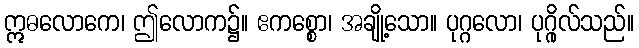
ဣဓလောကေ၊ ဤလောက၌။ ဧကစ္စော၊ အချို့သော။ ပုဂ္ဂလော၊ ပုဂ္ဂိုလ်သည်။